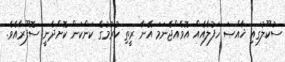
ސުކޫލުގައި ޚާއްޞަ ހަފުލާއެއް އޮވެއްޖެނަމަ އޭނާ ރީތި ކުރުމުގެ ކަންކަން ކޮށްދެނީ ސޮފޫރާއެވެ.